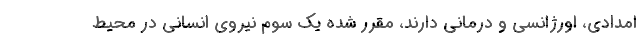
امدادی، اورژانسی و درمانی دارند، مقرر شده یک سوم نیروی انسانی در محیط